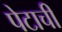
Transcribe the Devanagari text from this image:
पेटाची